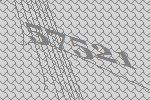
57521